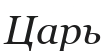
Царь